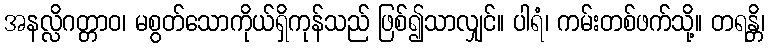
အနလ္လိဂတ္တာဝ၊ မစွတ်သောကိုယ်ရှိကုန်သည် ဖြစ်၍သာလျှင်။ ပါရံ၊ ကမ်းတစ်ဖက်သို့။ တရန္တိ၊